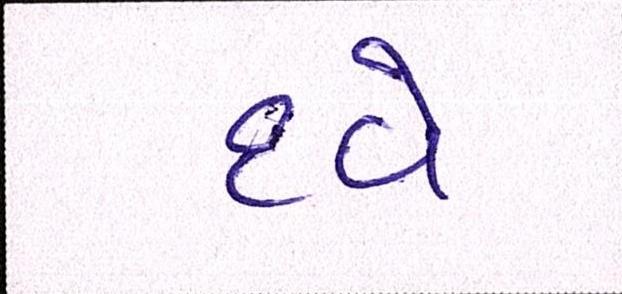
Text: દવે